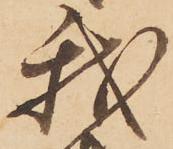
我